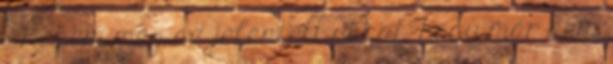
- Nekem meg az jelentett sokat, hogy már nem